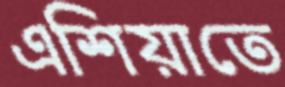
এশিয়াতে